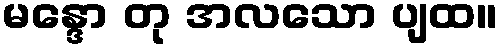
မန္ဒော တု အလသော ပျထ။